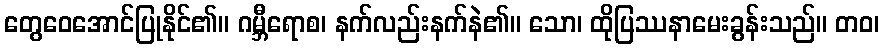
တွေဝေအောင်ပြုနိုင်၏။ ဂမ္ဘီရောစ၊ နက်လည်းနက်နဲ၏။ သော၊ ထိုပြဿနာမေးခွန်းသည်။ တဝ၊